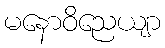
မနောဝိညေယျာ